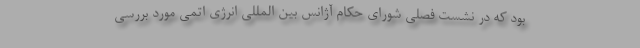
بود که در نشست فصلی شورای حکام آژانس بین المللی انرژی اتمی مورد بررسی